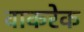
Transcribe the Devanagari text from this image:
वाकरेक